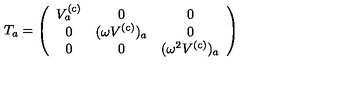
T _ { a } = \left( \begin{array} { c c c } { V _ { a } ^ { ( \mathrm { c ) } } } & { 0 } & { 0 } \\ { 0 } & { ( \omega V ^ { ( \mathrm { c ) } } ) _ { a } } & { 0 } \\ { 0 } & { 0 } & { ( \omega ^ { 2 } V ^ { ( \mathrm { c ) } } ) _ { a } } \\ \end{array} \right)